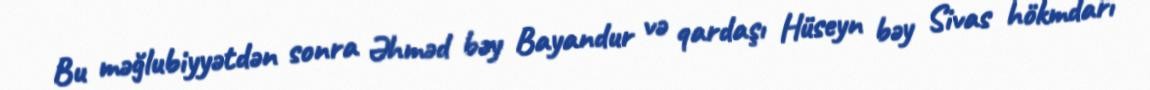
Bu məğlubiyyətdən sonra Əhməd bəy Bayandur və qardaşı Hüseyn bəy Sivas hökmdarı